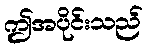
ဤအပိုင်းသည်